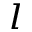
^ { l }